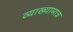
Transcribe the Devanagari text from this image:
व्याख्यामात्र